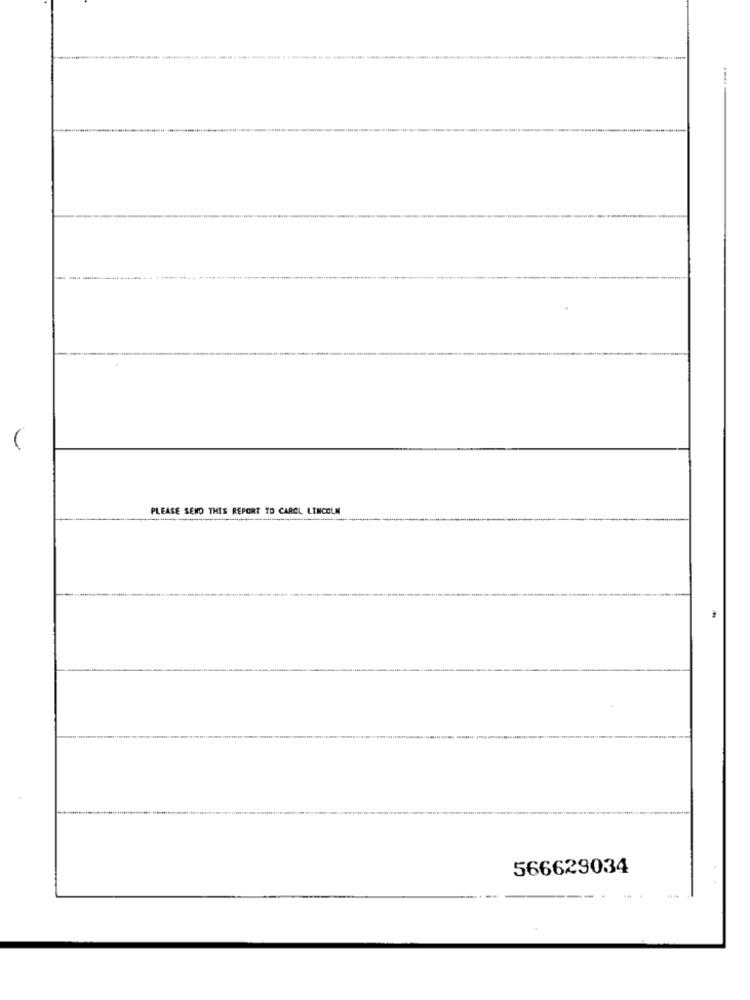
--
PLEASE SEND THIS REPORT TO CAROL LINCOLN
566629034